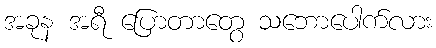
အခုန အရီ ပြောတာတွေ သဘောပေါက်လား